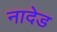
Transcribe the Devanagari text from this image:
नादेड